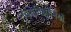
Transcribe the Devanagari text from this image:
नृवंशविज्ञानियों